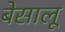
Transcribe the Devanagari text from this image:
बेसालू